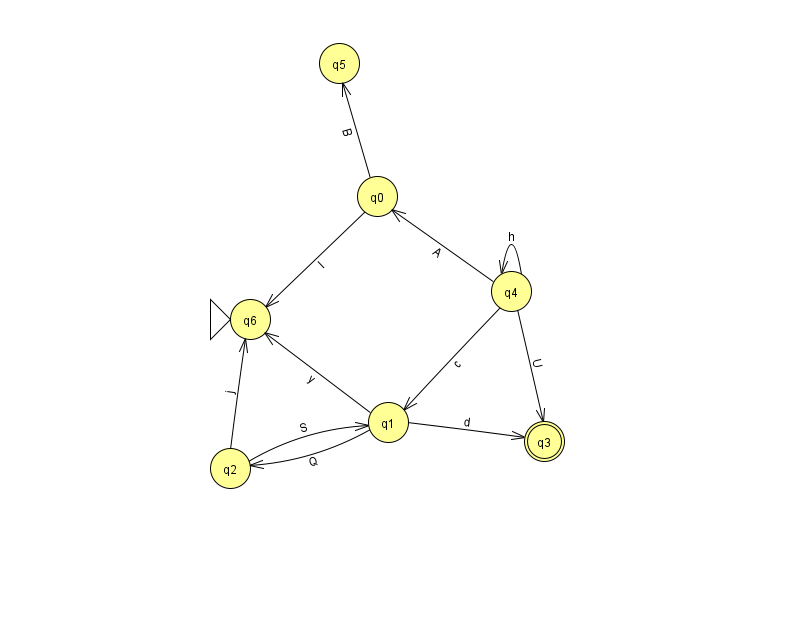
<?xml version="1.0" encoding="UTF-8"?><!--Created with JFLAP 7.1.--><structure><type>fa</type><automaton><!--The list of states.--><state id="0" name="q0"><x>377.0</x><y>183.0</y></state><state id="1" name="q1"><x>388.0</x><y>409.0</y></state><state id="2" name="q2"><x>230.0</x><y>455.0</y></state><state id="3" name="q3"><x>544.0</x><y>428.0</y><final/></state><state id="4" name="q4"><x>511.0</x><y>278.0</y></state><state id="5" name="q5"><x>339.0</x><y>50.0</y></state><state id="6" name="q6"><x>250.0</x><y>306.0</y><initial/></state><!--The list of transitions.--><transition><from>1</from><to>2</to><read>Q</read></transition><transition><from>4</from><to>0</to><read>A</read></transition><transition><from>2</from><to>1</to><read>S</read></transition><transition><from>4</from><to>1</to><read>c</read></transition><transition><from>1</from><to>6</to><read>y</read></transition><transition><from>4</from><to>4</to><read>h</read></transition><transition><from>2</from><to>6</to><read>j</read></transition><transition><from>4</from><to>3</to><read>U</read></transition><transition><from>0</from><to>5</to><read>B</read></transition><transition><from>0</from><to>6</to><read>I</read></transition><transition><from>1</from><to>3</to><read>d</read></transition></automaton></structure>